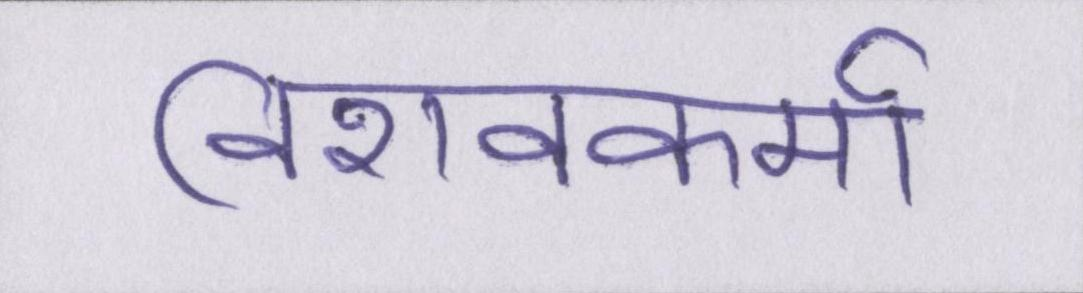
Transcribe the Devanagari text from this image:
विशवकर्मा